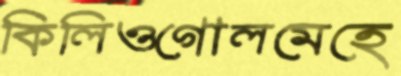
কিলিওগোলমেহে